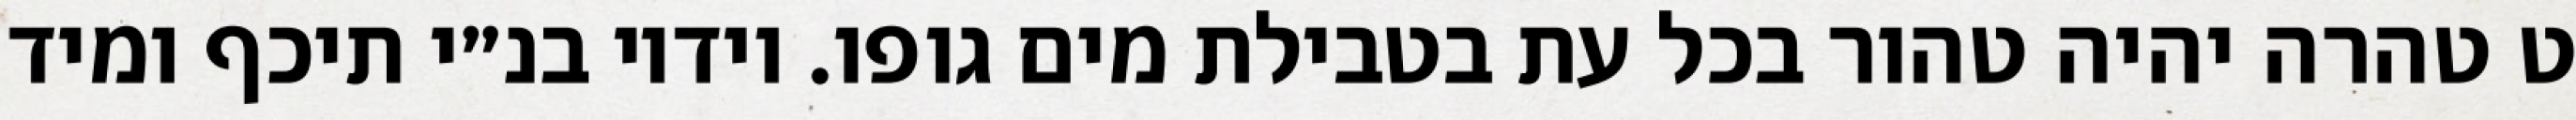
ט טהרה יהיה טהור בכל עת בטבילת מים גופו. וידיו בנ״י תיכף ומיד